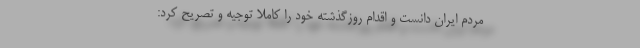
مردم ایران دانست و اقدام روزگذشته خود را کاملا توجیه و تصریح کرد: